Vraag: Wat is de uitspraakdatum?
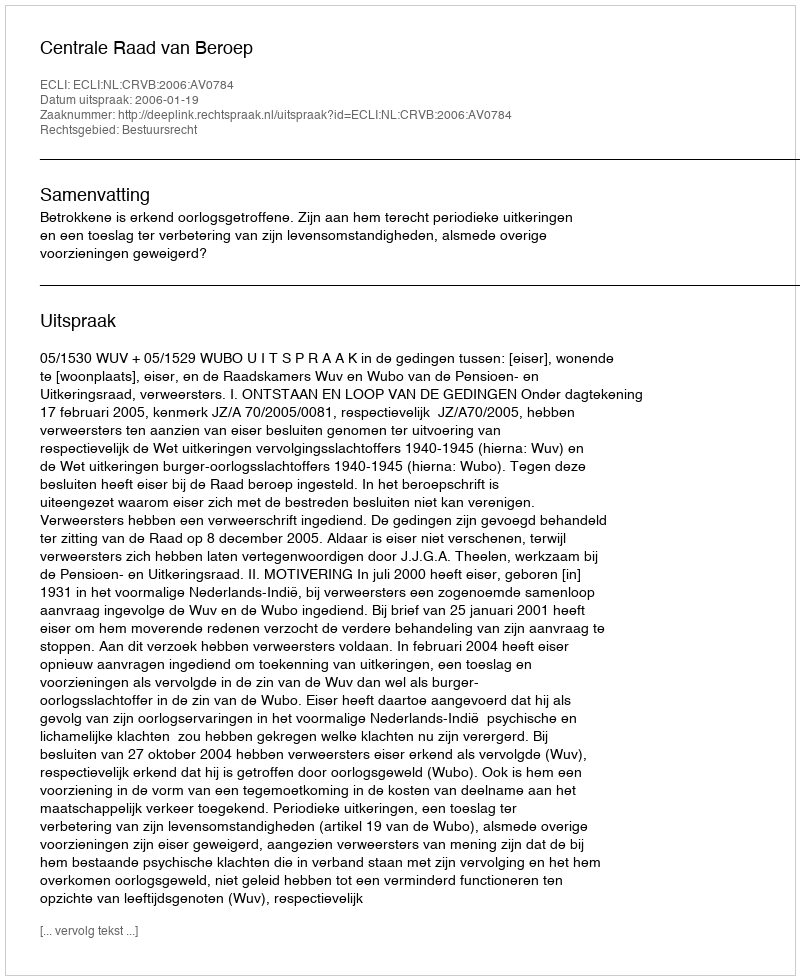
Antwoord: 2006-01-19